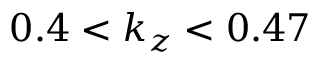
0 . 4 < k _ { z } < 0 . 4 7